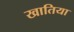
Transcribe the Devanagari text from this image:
खातिया